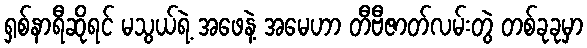
ရှစ်နာရီဆိုရင် မသွယ်ရဲ့ အဖေနဲ့ အမေဟာ တီဗီဇာတ်လမ်းတွဲ တစ်ခုခုမှာ